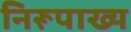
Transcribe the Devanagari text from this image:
निरूपाख्य